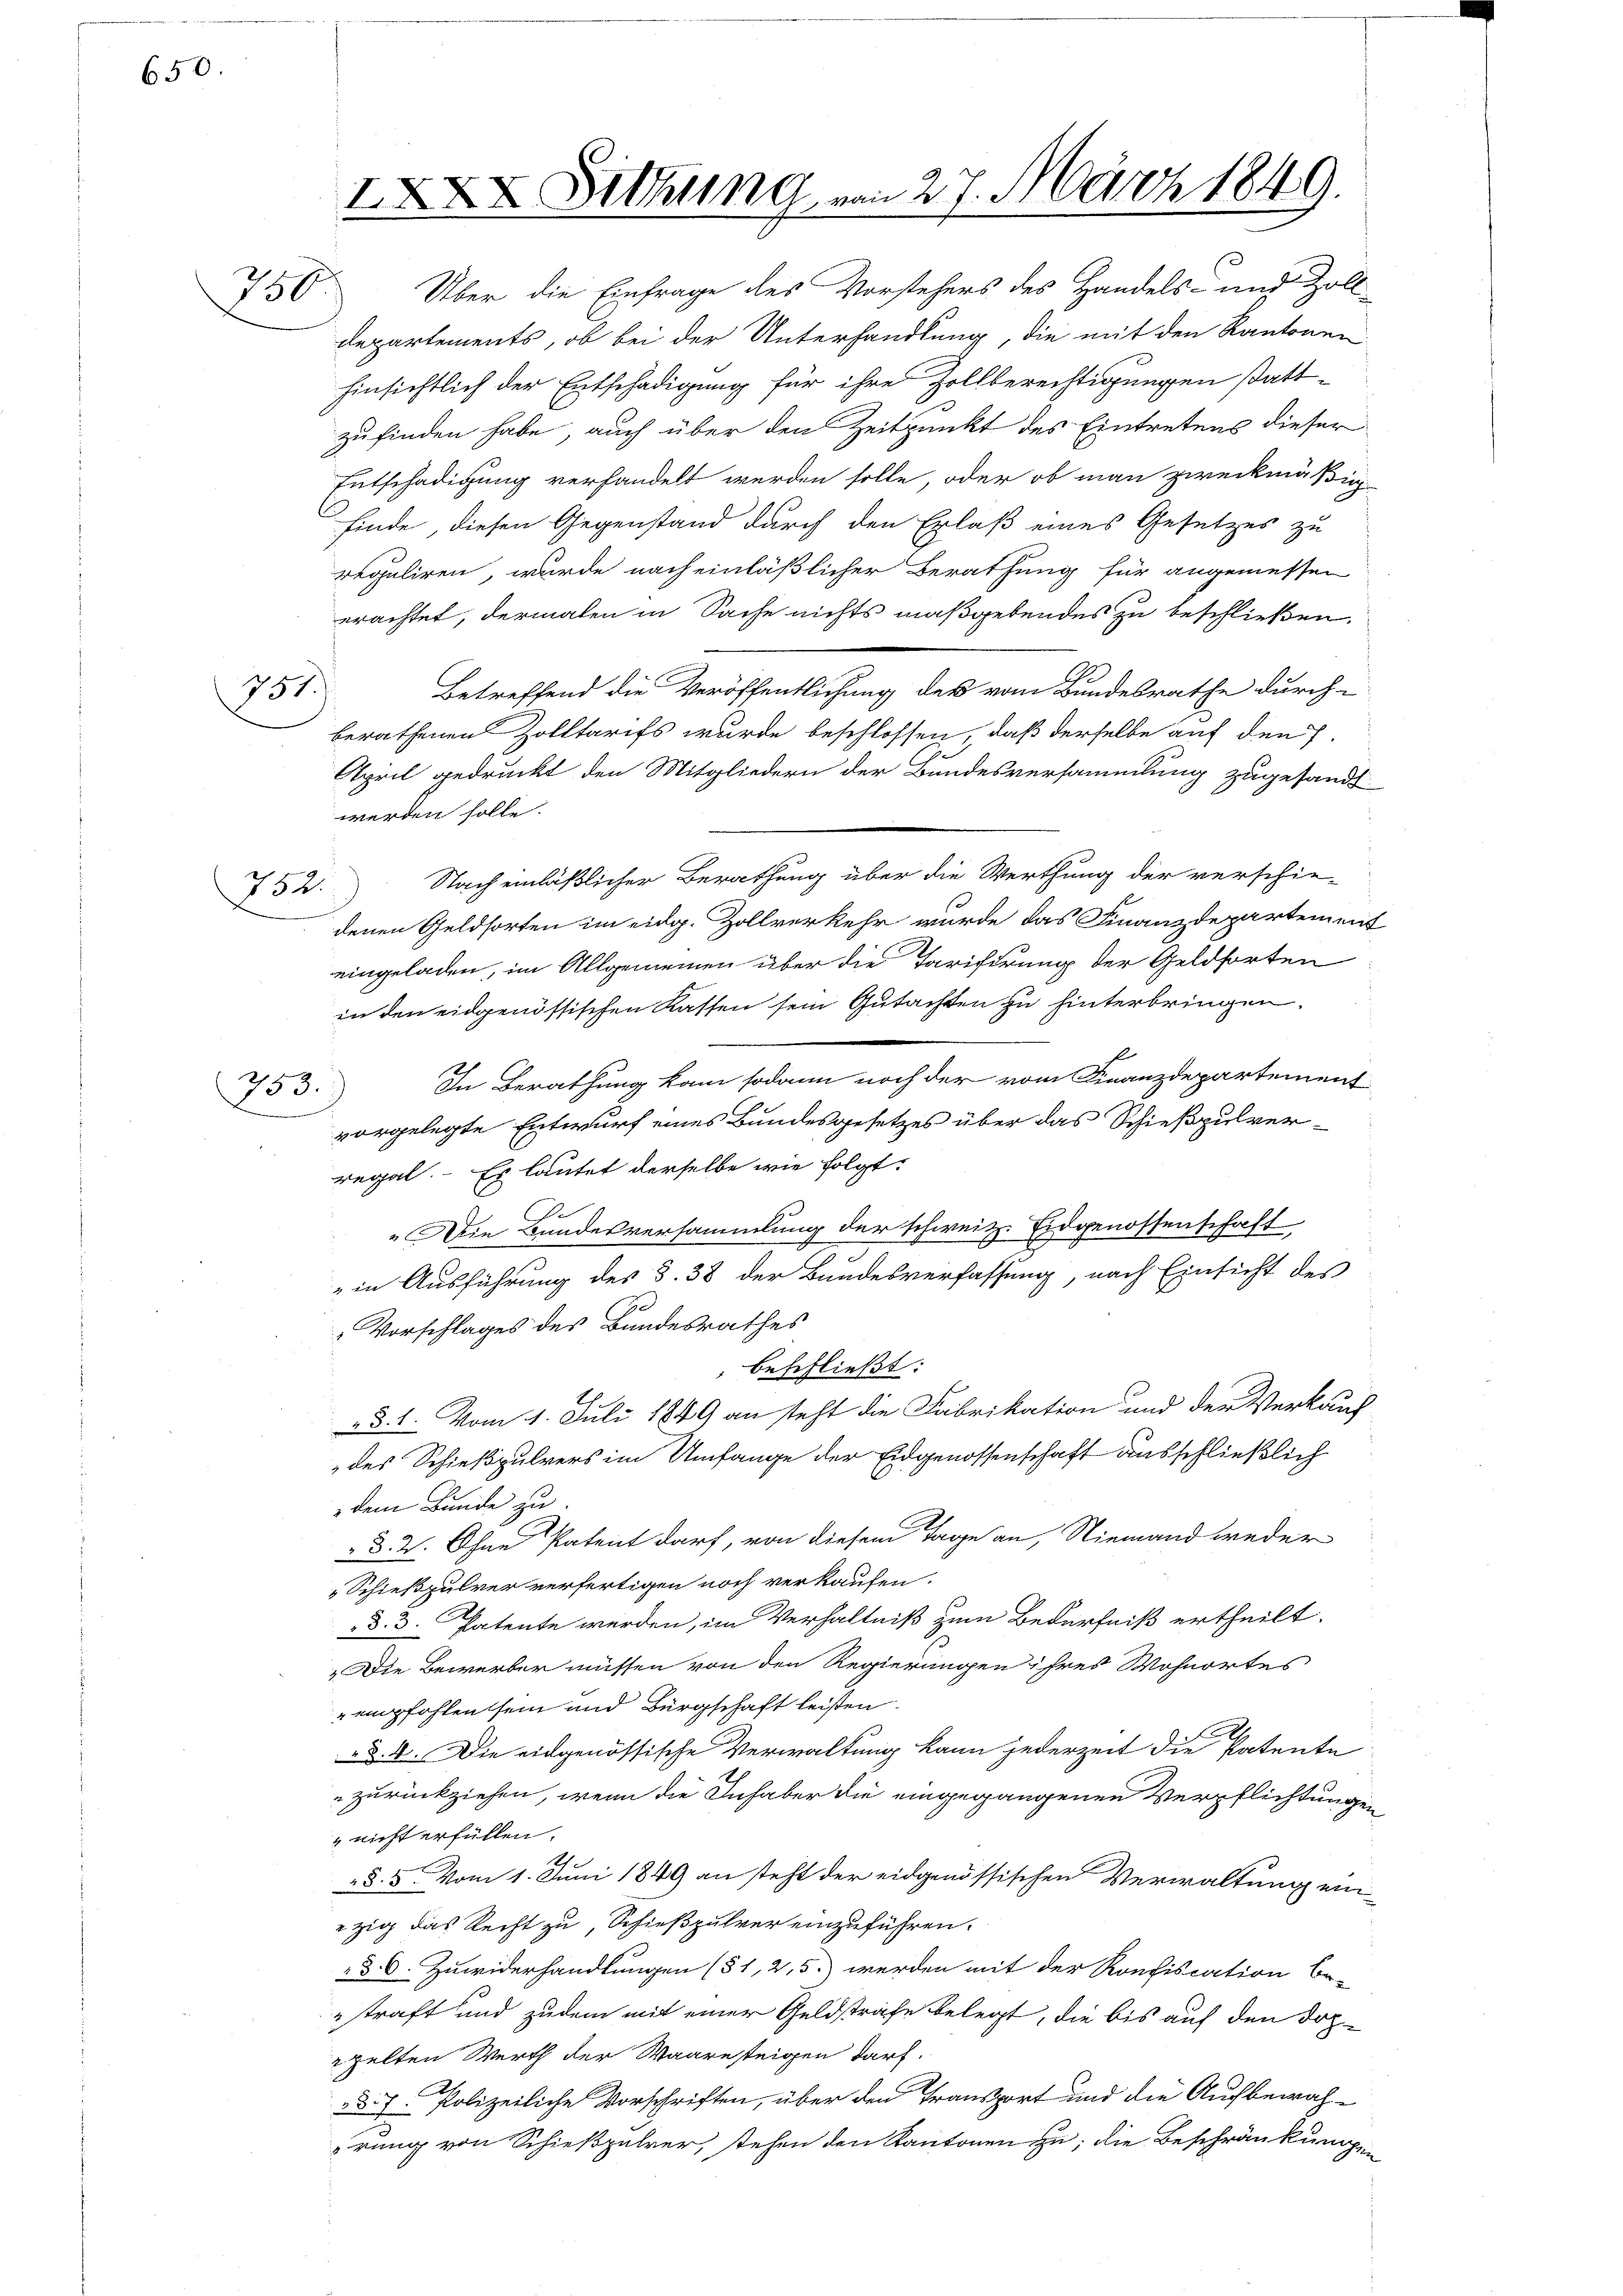
650.

756

752.

751.

753.)

XXX Sitzung von 27. März 1849.

Über die Einfrage des Vorstehers des Handels- und Zoll-
departements, ob bei der Unterhandlung, die mit den Kantonen
hinsichtlich der Entschädigung für ihre Zollberechtigungen stattzufinden habe, auch über den Zeitpunkt des Eintretens dieser
Entschädigung verhandelt werden solle, oder ob man zweckmäßig
Finde, diesen Gegenstand durch den Erlaß eines Gesetzes zu
reguliren, wurde nach einläßlicher Berathung für angemessen
erachtet, dermalen in Sache nichts maßgebendes zu beschließen.
Betreffend die Veröffentlichung des vom Bundesrathe durch-
berathenen Zolltarifs wurde beschlossen, daß derselbe auf den 7.
April gedruckt den Mitgliedern der Bundesversammlung zugesandt
werden solle.
Nach einläßlicher Berathung über die Werthung der verschie-
denen Geldsorten im eidg. Zollverkehr wurde das Finanzdepartement
eingeladen, im Allgemeinen über die Tarifirung der Geldforten
in den eidgenössischen Kassen sein Gutachten zu hinterbringen.
In Berathung kam sodann noch der vom Finanzdepartement
vorgelegte Entwurf eines Bundesgesetzes über das Schießpulverregal. Es lautet derselbe wie folgt:
Die Bundesversammlung der schweiz. Eidgenossenschaft
in Ausführung des §. 38 der Bundesverfassung, nach Einsicht des
Vorschlages des Bundesrathes
beschließt:
§. 1. Vom 1. Juli 1849 an steht die Fabrikation und der Verkauf
des Schießpulvers im Umfange der Eidgenossenschaft ausschließlich
dem Bunde zu.
§. 2. Ohne Patent darf, von diesem Tage an, Niemand weder
„Schießpulver verfertigen noch verkaufen.
d. 3. Patente werden, im Verhältniß zum Bedürfniß ertheilt.
„Die Bewerber müssen von den Regierungen ihres Wohnortes
empfohlen sein und Bürgschaft leisten.
§. 4. Die eidgenössische Verwaltung kann jederzeit die Patente
zurückziehen, wenn die Inhaber die eingegangenen Verpflichtungen
 nicht erfüllen.
2.
§. 5. vom 1. Juni 1849 an steht der eidgenössischen Verwaltung einzig das Recht zu, Schießpulver einzuführen.
§ 6. Zuwiderhandlungen (51, 2,5) werden mit der Konfiscation be-
straft und zudem mit einer Geldstrafe belegt, die bis auf den Doz
ppelten Werth der Waaresteigen darf.
87. Polizeiliche Vorschriften, über den Transport und die Aufbewaherung von Schießpalrer, stehen den Kantonen zu; die Beschränkungen